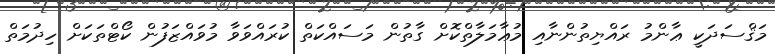
މަޤްސަދަކީ ޢާންމު ރައްޔިތުންނާއި މުޢާމަލާތްކޮށް ގާތުން މަސައްކަތް ކުރައްވަވާ މުވައްޒަފުން ކޯޓްތަކަށް ހިދުމަތް